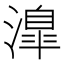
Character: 𣽎